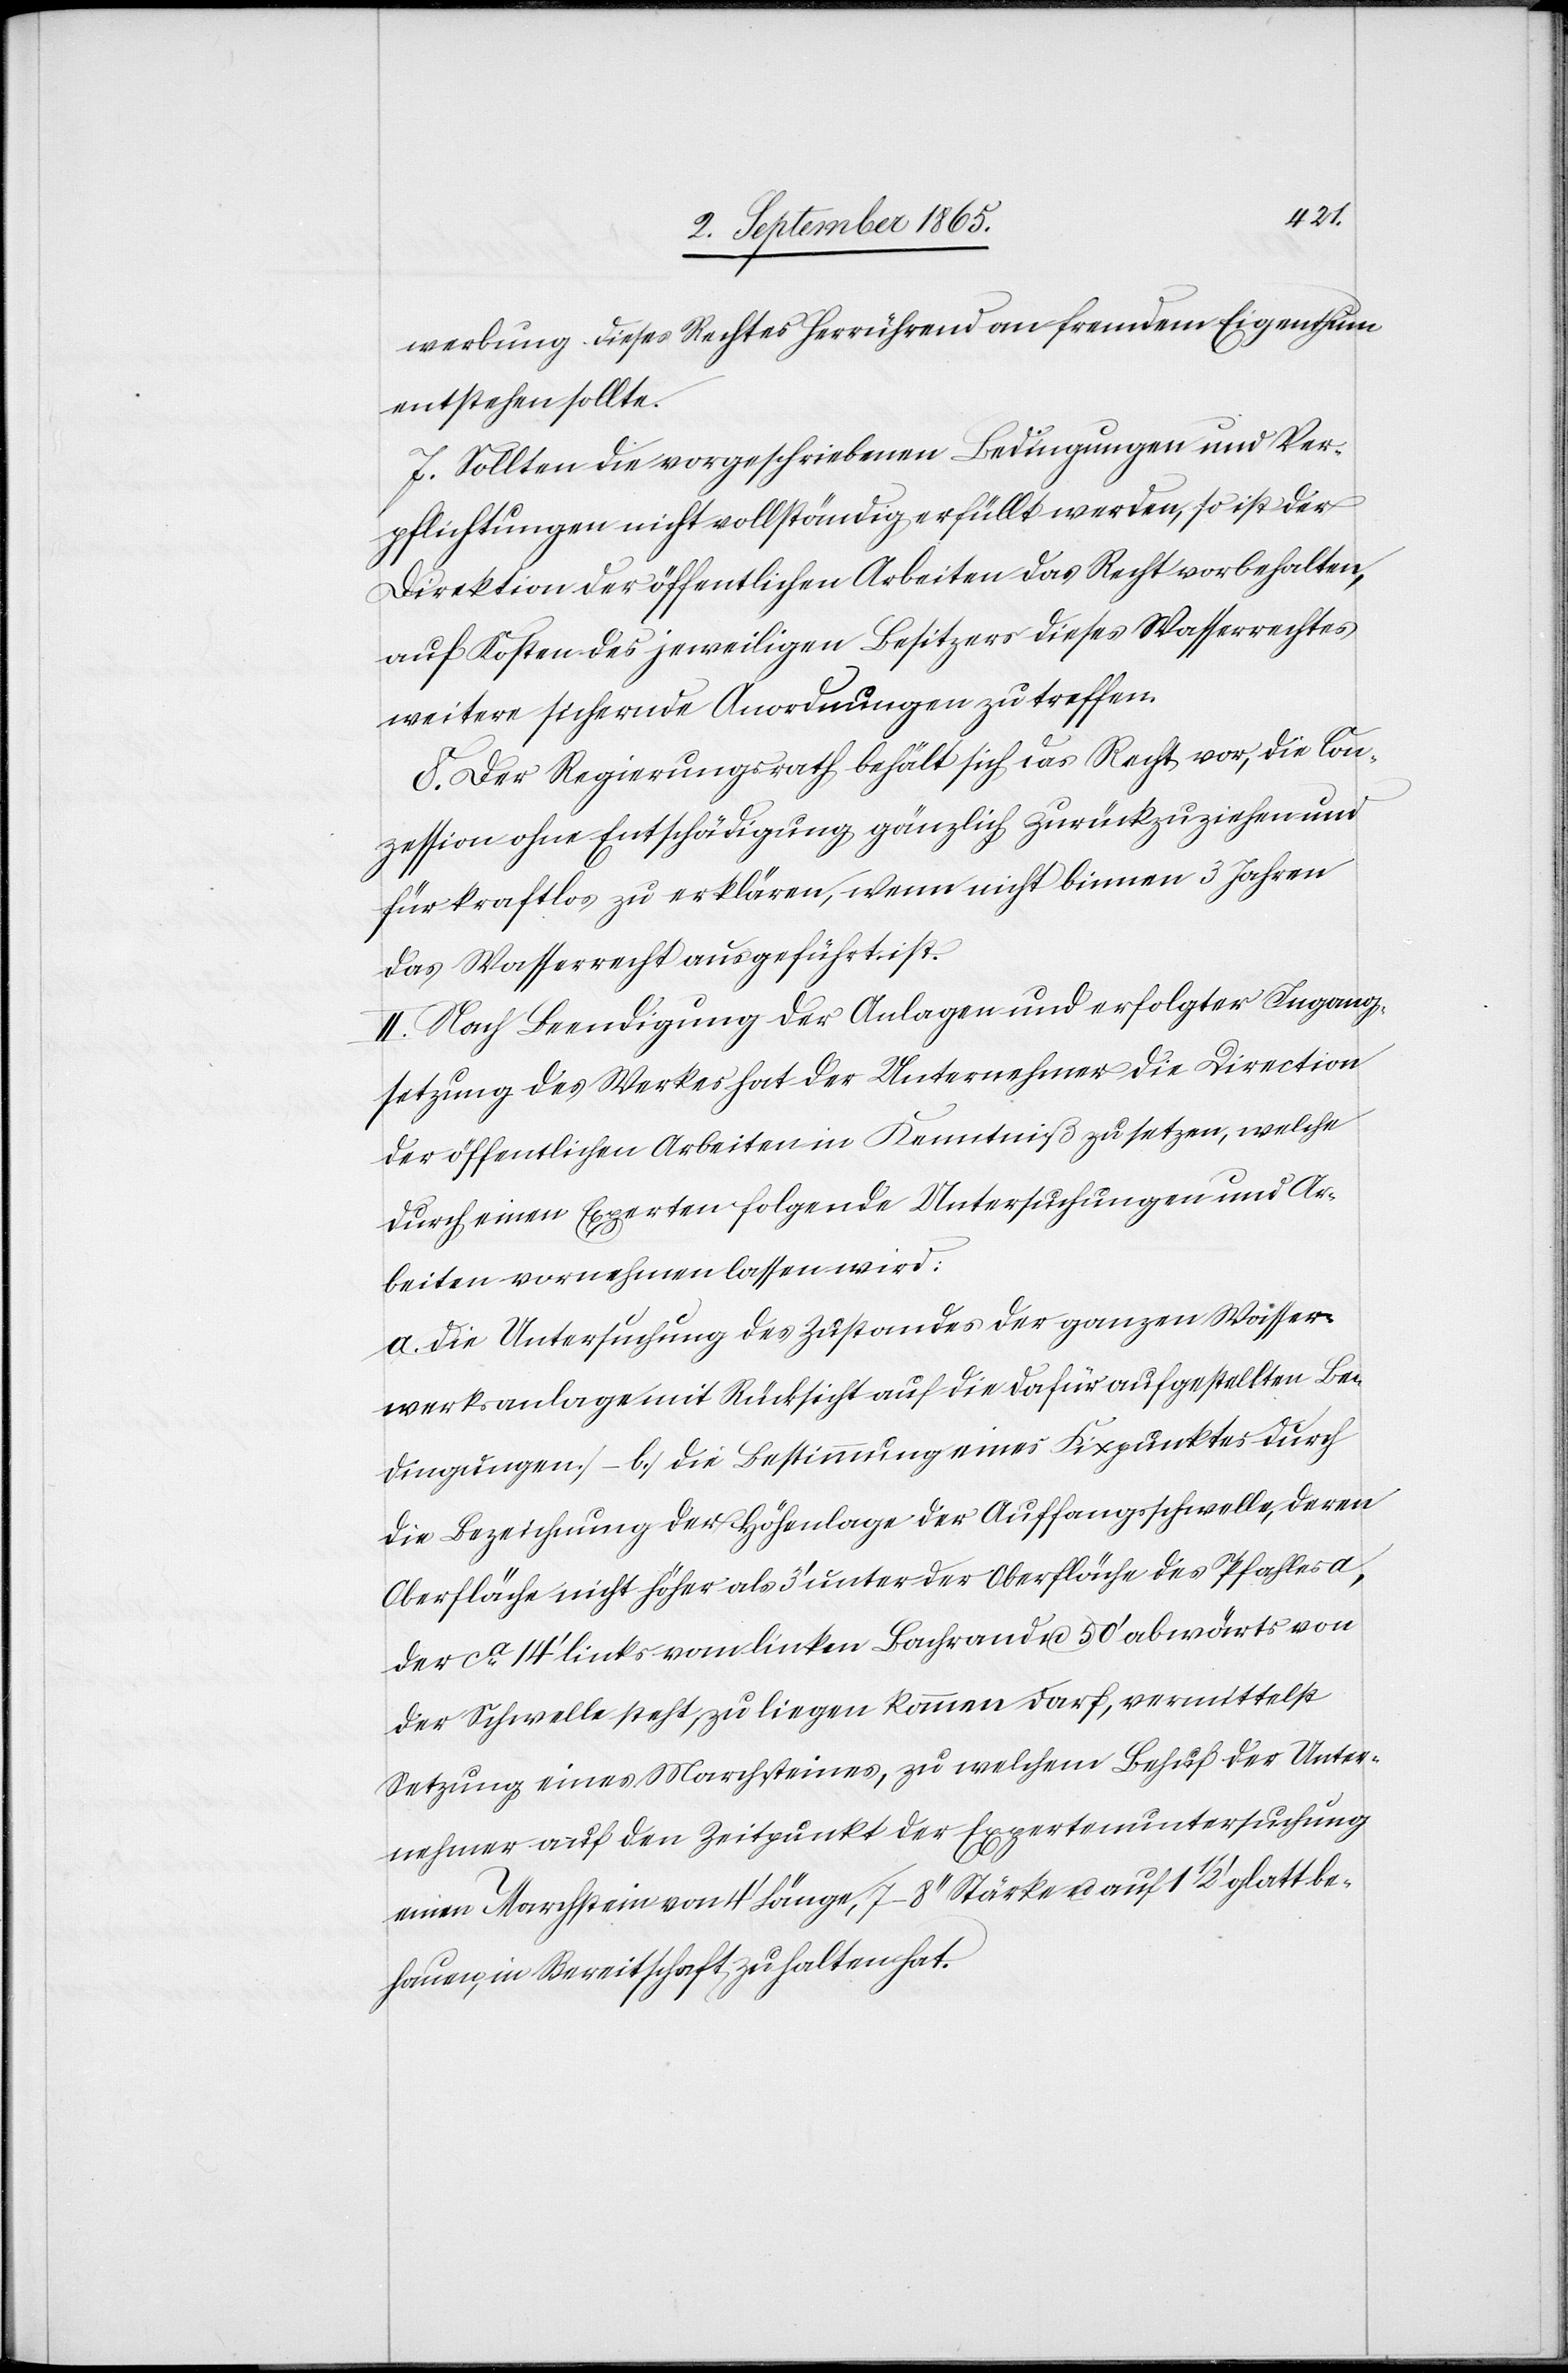
ungen.
werbung dieses Rechtes herrührend an fremdem Eigenthum
entstehen sollte.
7. Sollten die vorgeschriebenen Bedingungen und Ver¬
pflichtungen nicht vollständig erfüllt werden, so ist der
Direktion der öffentlichen Arbeiten das Recht vorbehalten,
auf Kosten des jeweiligen Besitzers dieses Wasserrechtes
weitere sichernde Anordnungen zu treffen.
8. Der Regierungsrath behält sich das Recht vor, die Con¬
zession ohne Entschädigung gänzlich zurückzuziehen und
für kraftlos zu erklären, wenn nicht binnen 3 Jahren
das Wasserrecht ausgeführt ist.
II. Nach Beendigung der Anlagen und erfolgter Ingang¬
setzung des Werkes hat der Unternehmer die Direction
der öffentlichen Arbeiten in Kenntniß zu setzen, welche
durch einen Experten folgende Untersuchungen und Ar¬
beiten vornehmen lassen wird:
a. Die Untersuchung des Zustandes der ganzen Wasser¬
werksanlage mit Rücksicht auf die dafür aufgestellten Beding¬
die Bezeichnung der Höhenlage der Auffangsschwelle, deren
Oberfläche nicht höher als 3’ unter der Oberfläche des Pfahles a,
der ca 14’ links vom linken Bachrand u. 50’ abwärts von
der Schwelle steht, zu liegen kommen darf, vermittelst
Setzung eines Marchsteines, zu welchem Behuf der Unter¬
nehmer auf den Zeitpunkt der Expertenuntersuchung
einen Marchstein von 4’ Länge, 7–8’’ Stärke u. auf 1 1/2’ glatt be¬
hauen, in Bereitschaft zu halten hat.